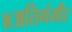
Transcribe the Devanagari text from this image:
४अतिगंभीर